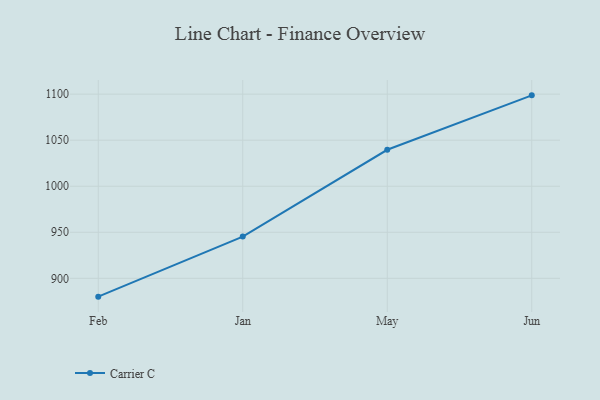
{"axis": {"x": "Month", "y": "Waste Production (Tons)"}, "legend": ["Carrier C"], "data": [{"x": "Feb", "y": 880.1, "type": "Carrier C"}, {"x": "Jan", "y": 945.3, "type": "Carrier C"}, {"x": "May", "y": 1039.6, "type": "Carrier C"}, {"x": "Jun", "y": 1098.7, "type": "Carrier C"}]}